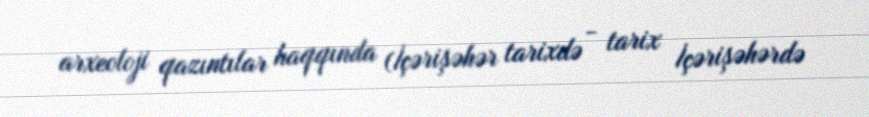
arxeoloji qazıntılar haqqında (İçərişəhər tarixdə - tarix İçərişəhərdə